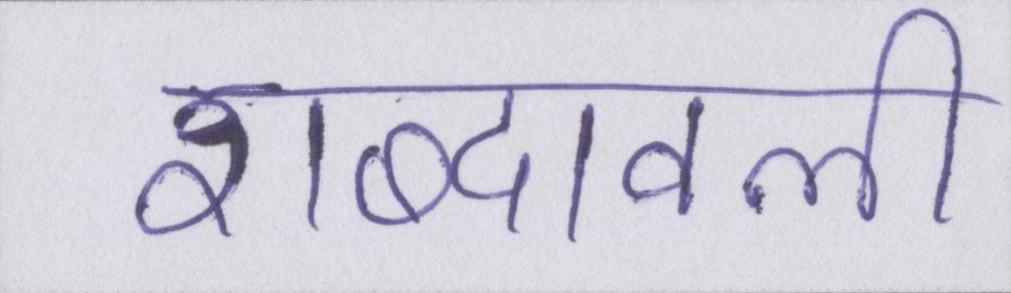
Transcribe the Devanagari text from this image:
शब्दावली